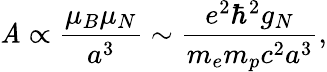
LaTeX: \mathit{A}\propto\frac{{\mu_{B}\mu_{N}}}{{a^{3}}}\sim\frac{{e^{2}\hbar^{2}g_{N}}}{{m_{e}m_{p}c^{2}a^{3}}},